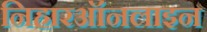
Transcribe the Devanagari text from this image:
निहारऑनलाइन